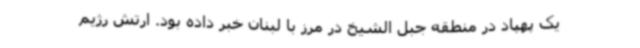
یک پهپاد در منطقه جبل الشیخ در مرز با لبنان خبر داده بود. ارتش رژیم